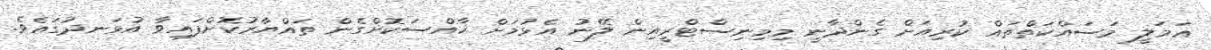
ޢަމަލީ މަސައްކަތްތައް ކުރިއަށް ގެންދާނީ މިމިނިސްޓްރީއިން ލޭނު އެޅުމަށް ޚާއްސަކޮށްގެން ތައްޔާރުކޮށްފައިވާ އުޅަނދުގައެވެ.